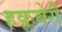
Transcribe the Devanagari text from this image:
हक्लबेरी